system: You are a helpful assistant.
user:
Analyze the provided spectrum to determine if it is a **S-type Star**.

- **Key Indicators for S-type Star:**

    - **(Overall Spectrum Shape):** The first and most obvious characteristic is the overall continuum (the "baseline" shape). It is **extremely "red-sloping,"** meaning the flux (light intensity) is very low on the left side (blue, ~4000-4500 Å) and rises steeply and continuously toward the right side (red, ~7000 Å+).

    - **(Primary):** The spectrum is defined by the presence of strong, broad molecular absorption "valleys" (bands) from **Zirconium Oxide (ZrO)**. The identification of these bands is the **primary requirement** for classifying a star as S-type.
        - **(Key Bandheads):** You must find distinct, deep "dips" where the light has been absorbed. The most critical band systems to locate are:
            - **~6474 Å** ($\gamma$-system): This is often the strongest and clearest ZrO feature, found in the red part of the spectrum.
            - **~5718 Å** & **~5551 Å** ($\beta$-system): A pair of prominent absorption features in the yellow-orange part of the spectrum.
            - **~4640 Å** ($\alpha$-system): A key absorption band system in the blue-green region of the spectrum.

    - **(Secondary Confirmation):** The classification is strengthened by finding additional absorption bands from other related heavy element oxides, which are expected to be present alongside ZrO.
        - **(Key Bandheads):**
            - **Yttrium Oxide (YO):** Look for absorption dips near **~4800 Å** and **~6100 Å**.
            - **Lanthanum Oxide (LaO):** Additional absorption features, particularly in the red-orange part of the spectrum, are also characteristic.

    - **(Line Profile):** The combination of the steep red continuum and these numerous, deep molecular bands (ZrO, YO, etc.) gives the entire spectrum a very **"chopped-up"** or **"bumpy"** appearance. Instead of a smooth curve, the spectrum looks as though large, wide chunks of light have been "carved out" of it at the specific wavelengths listed above.

Think first, call **spectral_visualization_tool** if needed to examine features in detail, then provide your final answer. Your response must adhere to the following strict rules:
1.  **Overall Structure:** Your response must follow the format `<think>...</think> <tool_call>...</tool_call> (if a tool is used) <answer>...</answer>`.
2.  **Tool Usage Constraint:** You may only make **one** tool call per turn.
3.  **Final Answer Format:** In the `<answer>` tag, your conclusion must be inside a `\boxed{}` command (e.g., `\boxed{YES}` or `\boxed{NO}`), followed by your justification.

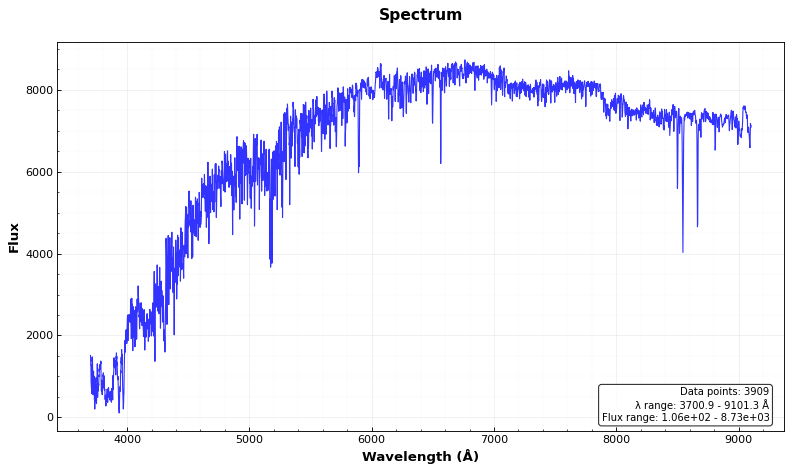
Answer: NO